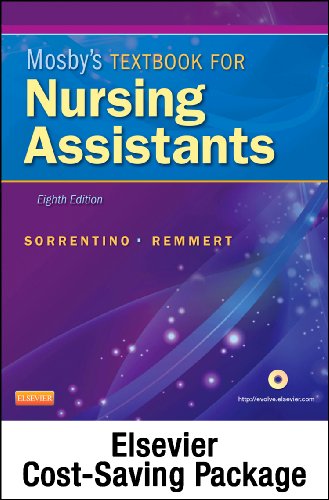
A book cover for Mosby's Textbook for Nursing Assistants (Soft Cover Version) - Text, Workbook, and Mosby's Nursing Assistant Video Skills - Student Version DVD 4.0 Package, 8e; Sheila A. Sorrentino PhD  RN; Medical Books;